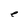
Character: e